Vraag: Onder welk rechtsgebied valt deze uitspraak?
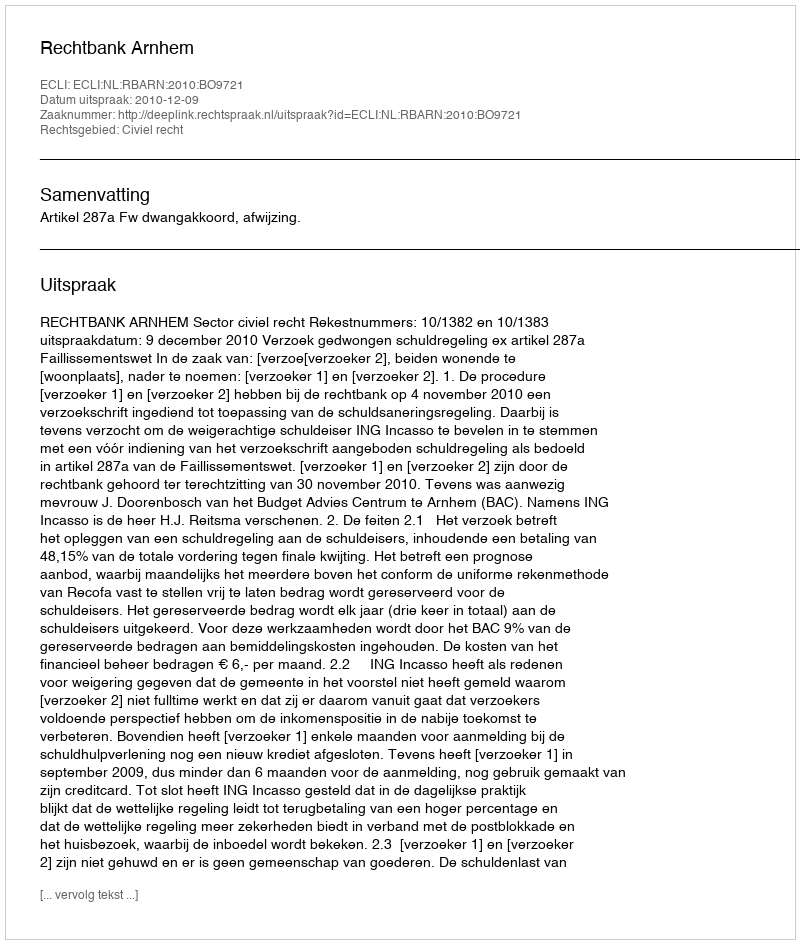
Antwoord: Civiel recht